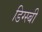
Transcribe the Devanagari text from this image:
डिग्स्बी